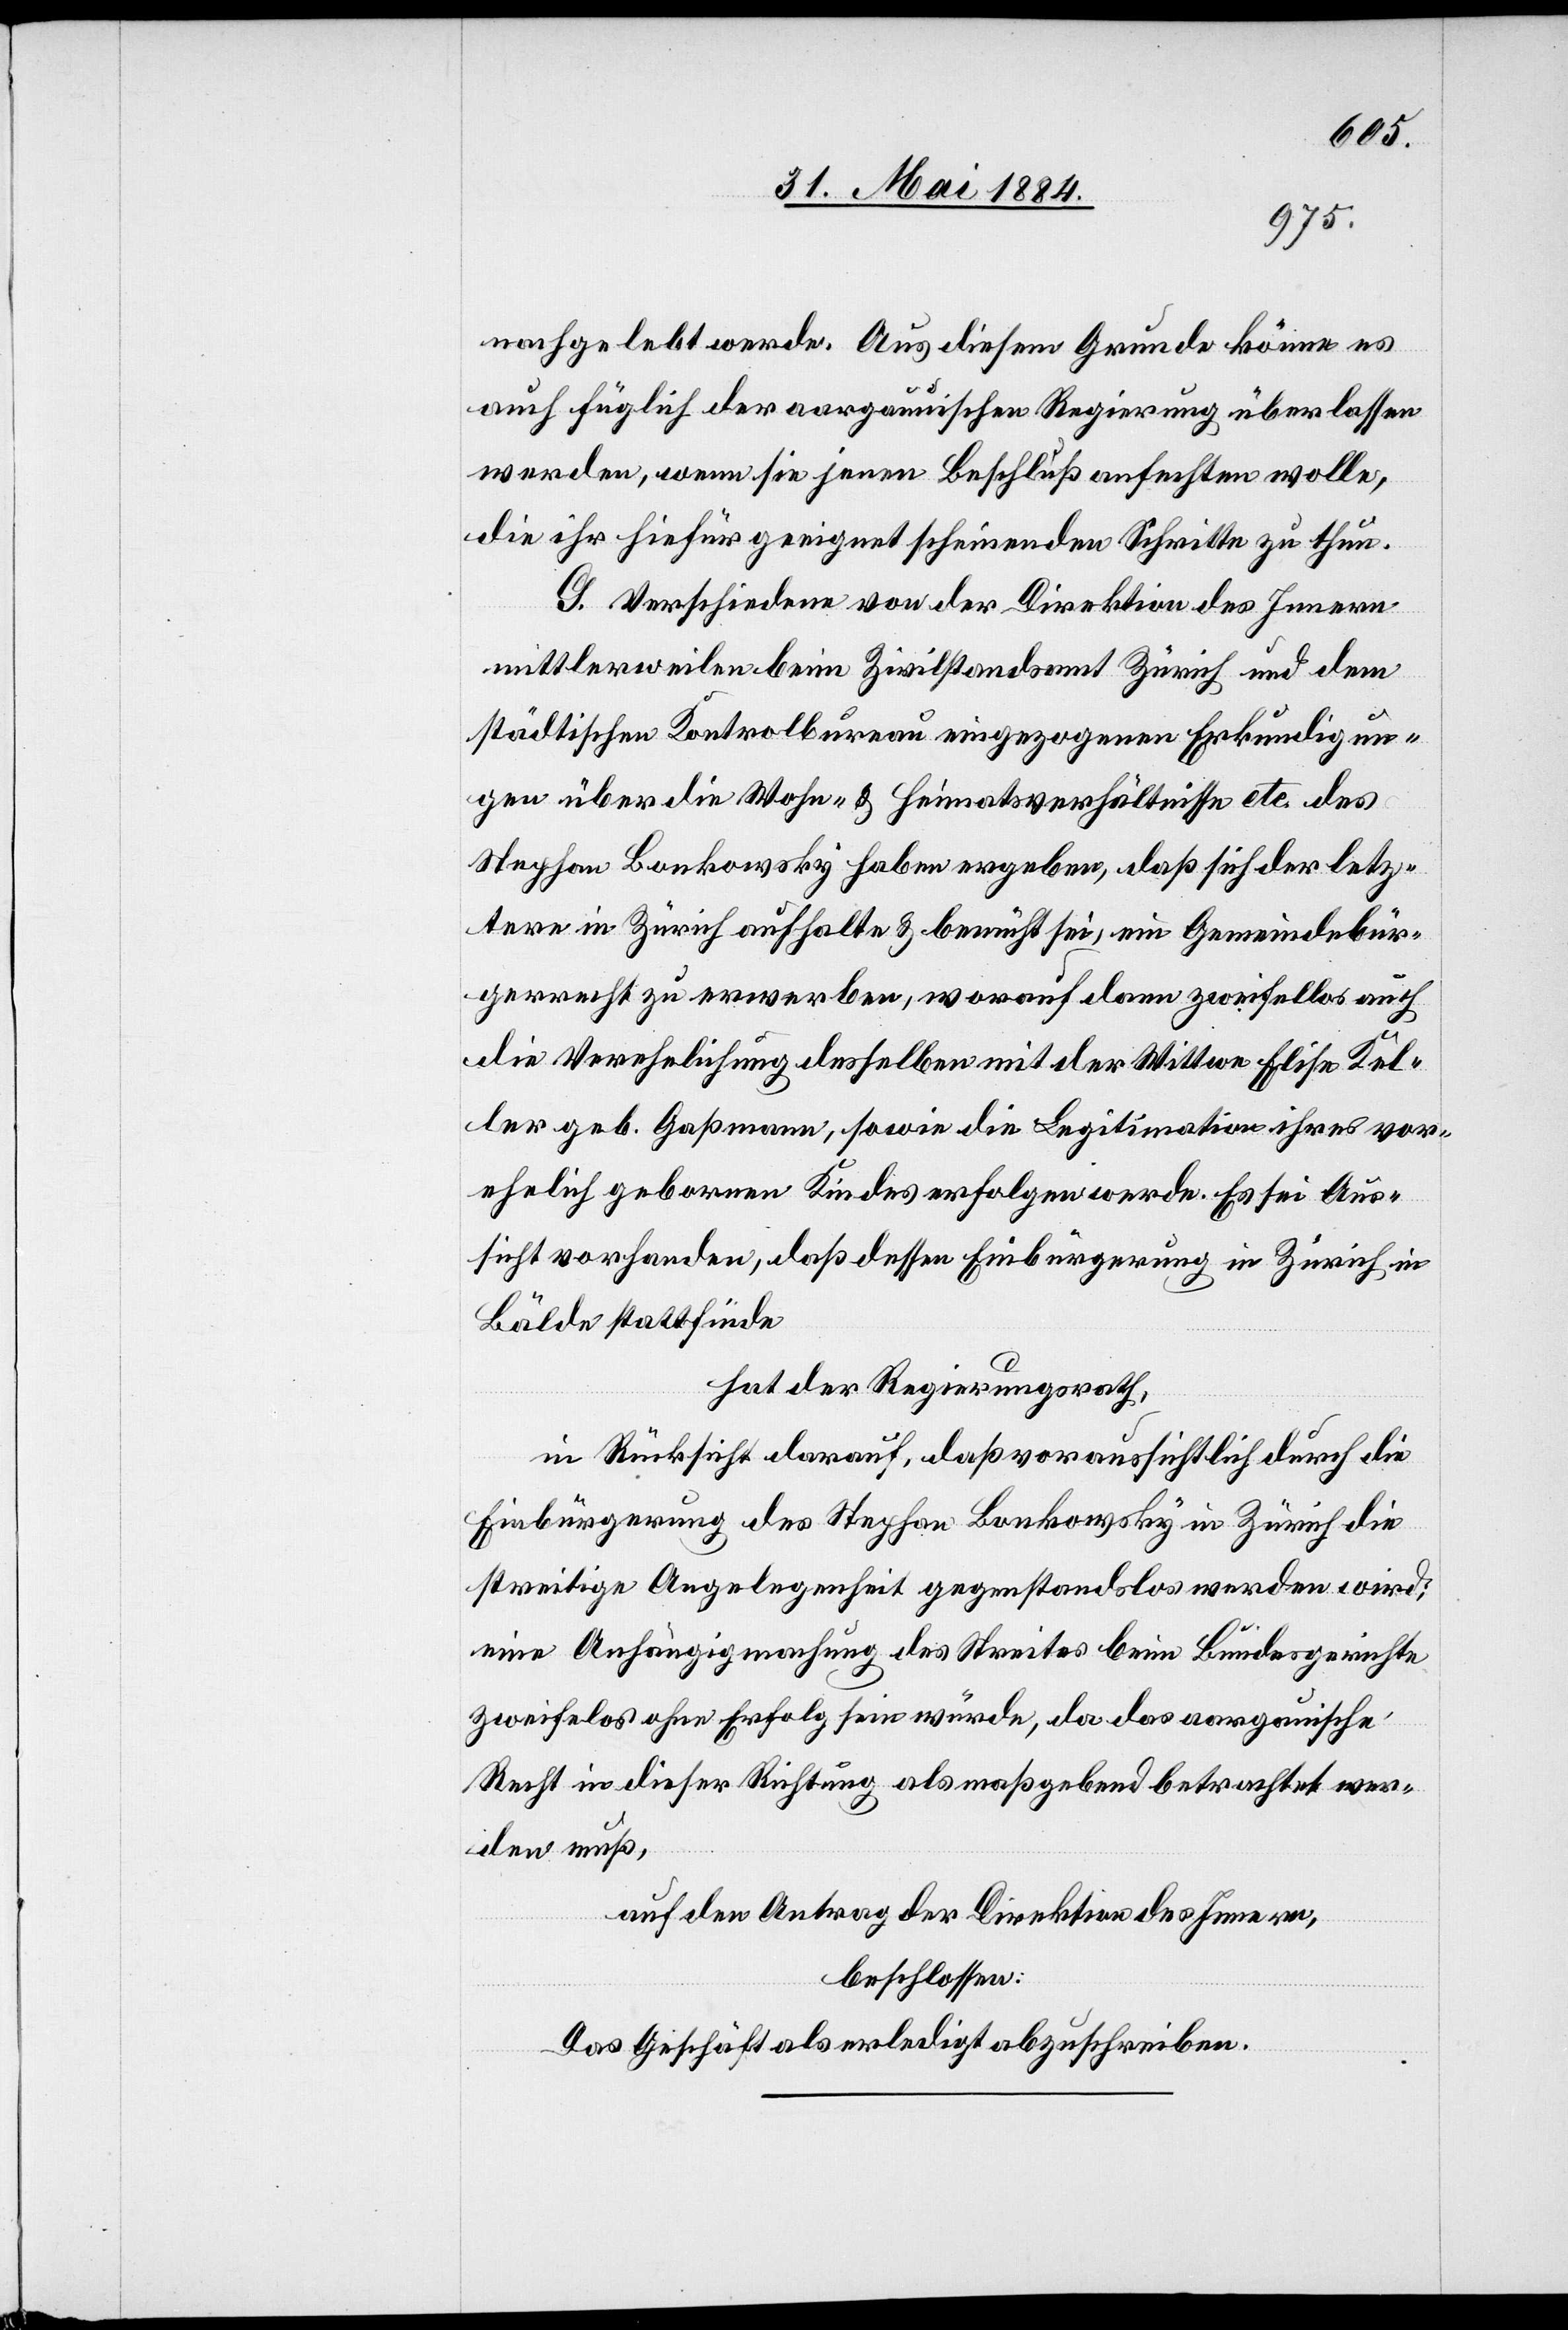
nachgelebt werde. Aus diesem Grunde könne es
auch füglich der aargauischen Regierung überlassen
werden, wenn sie jenen Beschluß anfechten wolle,
die ihr hierfür geeignet scheinenden Schritte zu thun.
G. Verschiedene von der Direktion des Innern
mittlerweilen beim Zivilstandsamt Zürich und dem
städtischen Kontrolbureau eingezogenen Erkundigun¬
gen über die Wohn- & Heimatsverhältnisse etc. des
Stephan Bankowsky haben ergeben, daß sich der letz¬
tere in Zürich aufhalte & bemüht sei, ein Gemeindebür¬
gerrecht zu erwerben, worauf dann zweifellos auch
die Verehelichung desselben mit der Wittwe Elise Kel¬
ler geb. Gaßmann, sowie die Legitimation ihres vor¬
ehelich geborenen Kindes erfolgen werde. Es sei Aus¬
sicht vorhanden, daß dessen Einbürgerung in Zürich in
Bälde stattfinde.
hat der Regierungsrath,
in Rücksicht darauf, daß voraussichtlich durch die
Einbürgerung des Stephan Bankowsky in Zürich die
streitige Angelegenheit gegenstandslos werden wird;
eine Aushängigmachung des Streites beim Bundesgerichte
zweife[l]los ohne Erfolg sein würde, da das aargauische
Recht in dieser Richtung als maßgebend betrachtet wer¬
den muß,
auf den Antrage der Direktion des Innern,
beschlossen:
Das Geschäft als erledigt abzuschreiben.